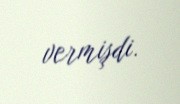
vermişdi.